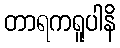
တာရကရူပါနိ